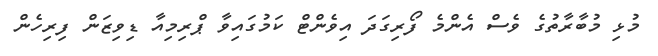
މުޅި މުބާރާތުގެ ވެސް އެންމެ ފޯރިގަދަ އިވެންޓް ކަމުގައިވާ ޕްރިމިއާ ޑިވިޒަން ފިރިހެން